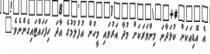
އެ އޮޑިއަކަށް ކުޅަދާނަ މިންވަރަކަށް މުދާ އަރުވައި މީހުން އުފުލުމުގެ އާދަ ހިފަހައްޓައިގެންނެވެ."